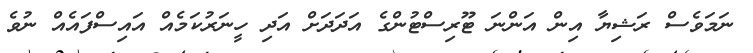
ނަމަވެސް ރަޝިޔާ އިން އަންނަ ޓޫރިސްޓުންގެ އަދަދަށް އަދި ހީނަރުކަމެއް އައިސްފައެއް ނުވެ